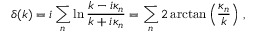
\delta ( k ) = i \sum _ { n } \ln \frac { k - i \kappa _ { n } } { k + i \kappa _ { n } } = \sum _ { n } 2 \arctan \left( \frac { \kappa _ { n } } k \right) \, ,